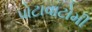
પોટાવાટોમી